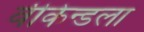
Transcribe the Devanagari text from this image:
वीकेन्डला